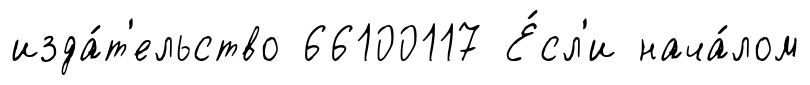
изда́т'ельство 66100117 Е́сл'и нача́лом